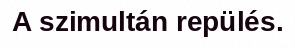
A szimultán repülés.